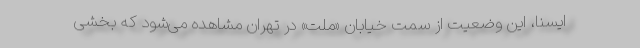
ایسنا، این وضعیت از سمت خیابان «ملت» در تهران مشاهده می‌شود که بخشی